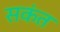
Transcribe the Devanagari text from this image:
सकंत